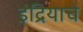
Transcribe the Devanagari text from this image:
इंद्रियाचे